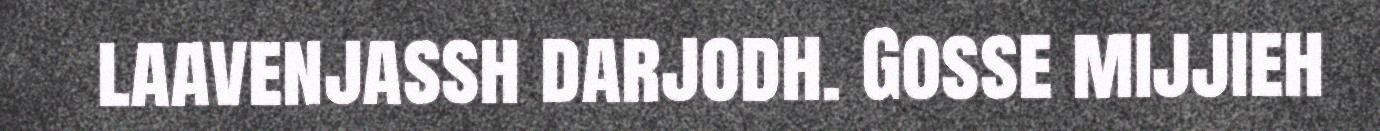
laavenjassh darjodh. Gosse mijjieh